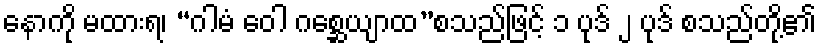
နောကို မထားရ၊ “ဂါမံ ဝေါ ဂစ္ဆေယျာထ”စသည်ဖြင့် ၁ ပုဒ် ၂ ပုဒ် စသည်တို့၏